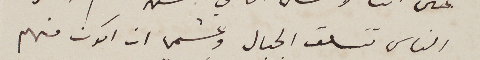
الناس تتسلق الجبال وعشمي ان اكون منهم